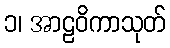
၁၊ အာဠဝိကာသုတ်